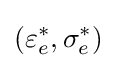
\left(\varepsilon _{e}^{*},\sigma _{e}^{*}\right)